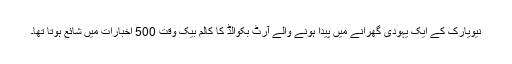
نیویارک کے ایک یہودی گھرانے میں پیدا ہونے والے آرٹ بکوالڈ کا کالم بیک وقت 500 اخبارات میں شائع ہوتا تھا۔